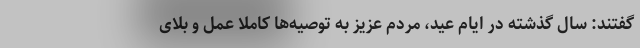
گفتند: سال گذشته در ایام عید، مردم عزیز به توصیه‌ها کاملاً عمل و بلای